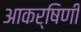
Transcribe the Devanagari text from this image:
आकर्षिणी